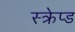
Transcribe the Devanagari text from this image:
स्क्रेप्ड